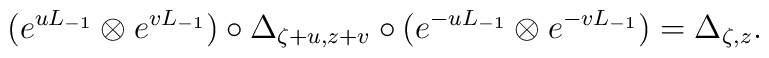
(e^{u L_{-1}}\otimes e^{v L_{-1}})\circ\Delta_{\zeta +u,z +v}\circ(e^{-u L_{-1}}\otimes e^{-v L_{-1}}) = \Delta_{\zeta,z}.